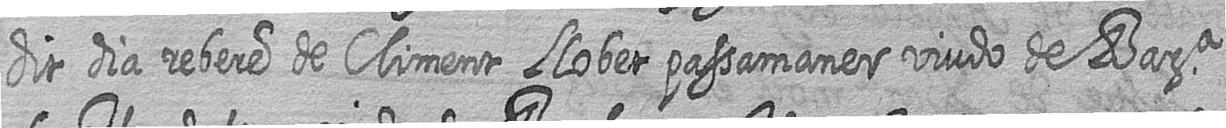
dit dia rebere de Climent Llobet passamaner viudo de Bara